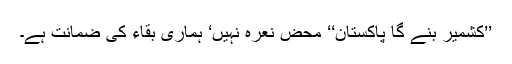
’’کشمیر بنے گا پاکستان‘‘ محض نعرہ نہیں‘ ہماری بقاء کی ضمانت ہے۔